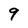
Character: 9